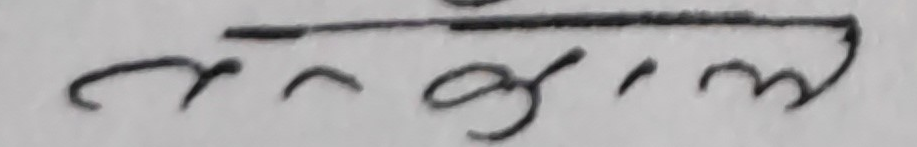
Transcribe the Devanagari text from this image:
र स र्प िम